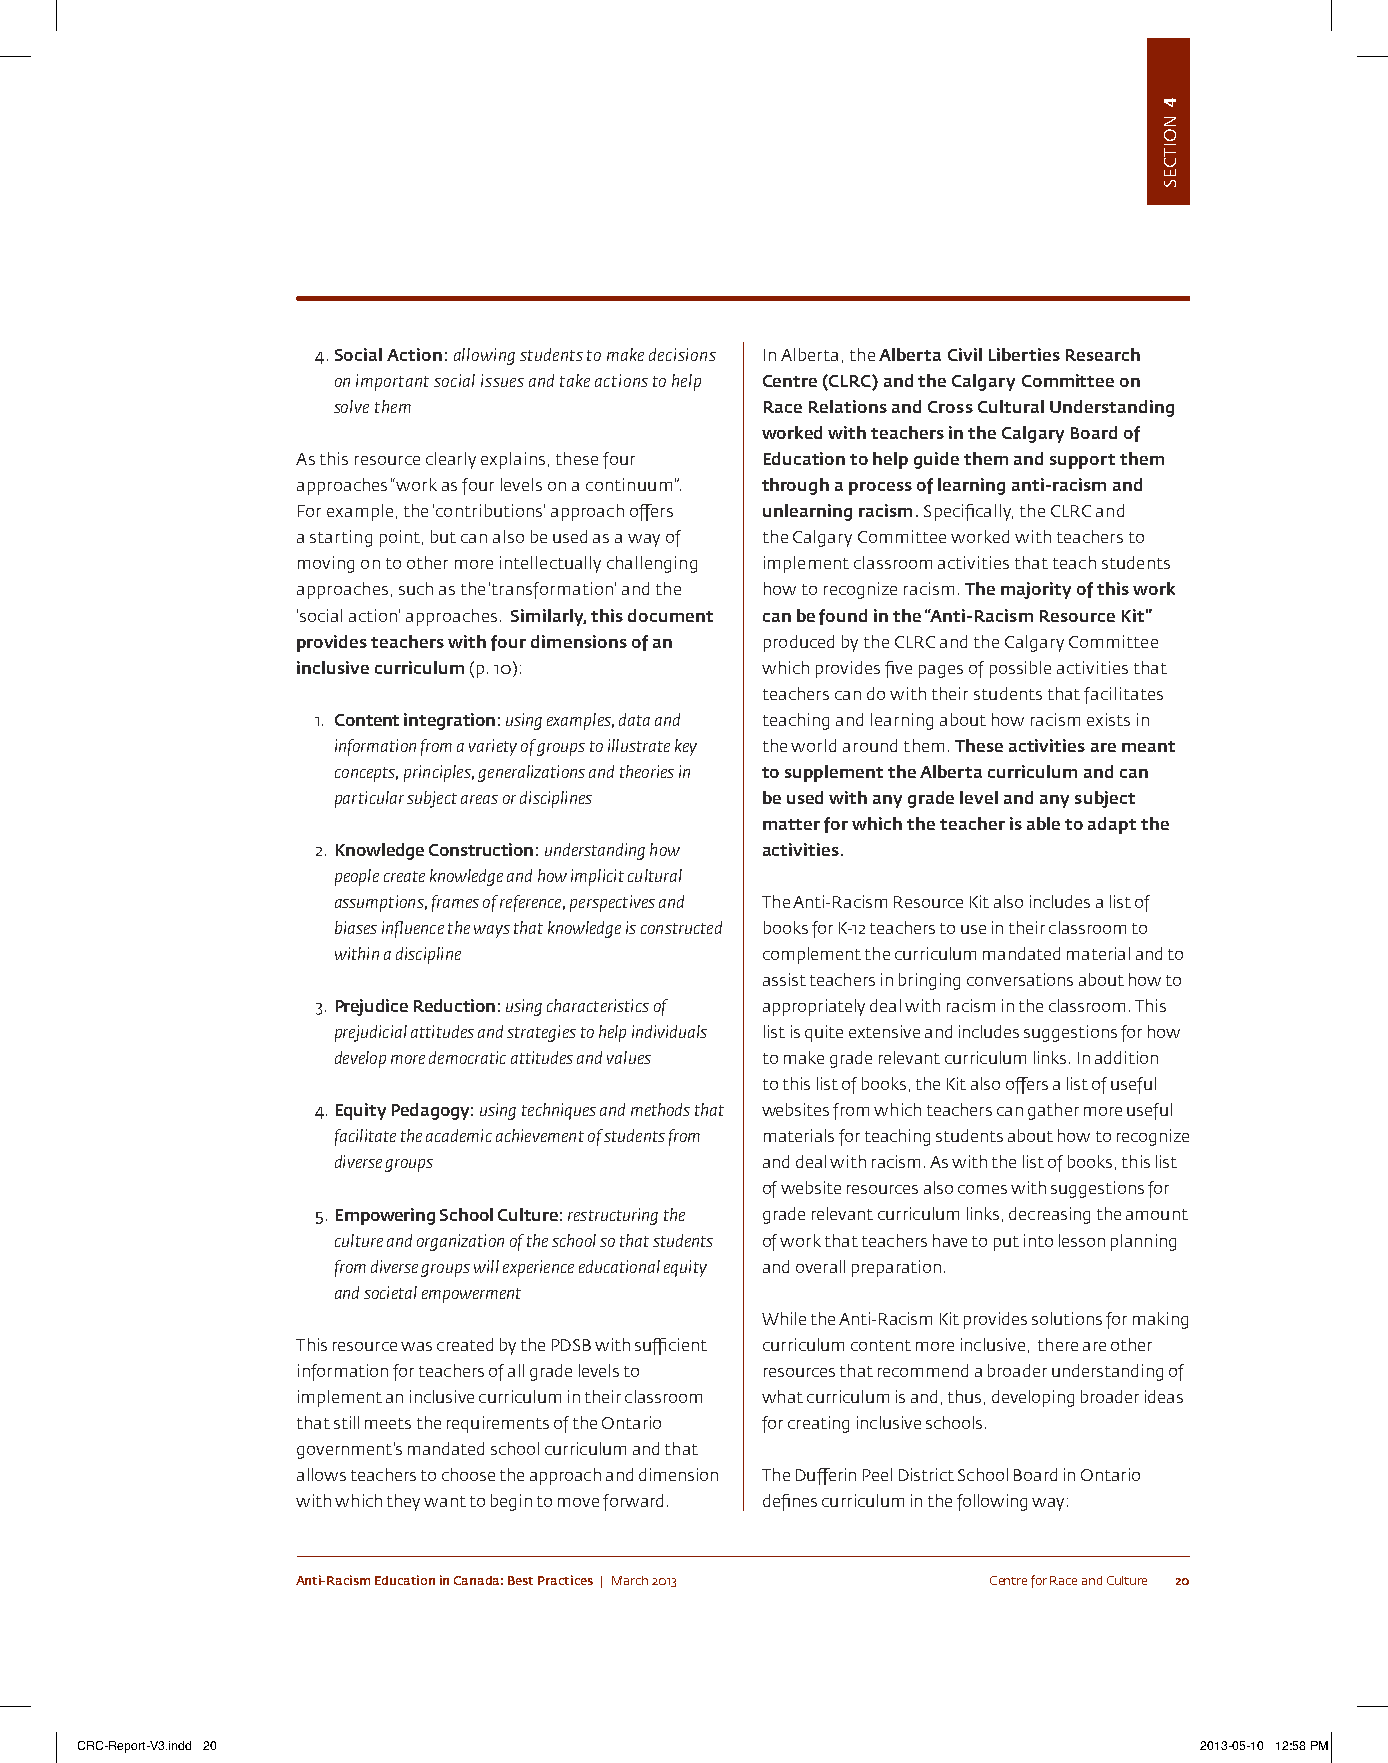
4. Social Action: allowing students to make decisions in alberta, the Alberta Civil Liberties Research
 on important social issues and take actions to help Centre (CLRC) and the Calgary Committee on
 solve them                  Race Relations and Cross Cultural Understanding
 worked with teachers in the Calgary Board of
 as this resource clearly explains, these four Education to help guide them and support them
 approaches “work as four levels on a continuum”. through a process of learning anti-racism and
 For example, the ‘contributions’ approach offers unlearning racism. specifically, the cLRc and
 a starting point, but can also be used as a way of the calgary committee worked with teachers to
 moving on to other more intellectually challenging implement classroom activities that teach students
 approaches, such as the ‘transformation’ and the how to recognize racism. The majority of this work
 ‘social action’ approaches. Similarly, this document can be found in the “Anti-Racism Resource Kit”
 provides teachers with four dimensions of an produced by the cLRc and the calgary committee
 inclusive curriculum (p. 10): which provides five pages of possible activities that
 teachers can do with their students that facilitates
 1. Content integration: using examples, data and teaching and learning about how racism exists in
 information from a variety of groups to illustrate key the world around them. These activities are meant
 concepts, principles, generalizations and theories in to supplement the Alberta curriculum and can
 particular subject areas or disciplines be used with any grade level and any subject
 matter for which the teacher is able to adapt the
 2. Knowledge Construction: understanding how activities.
 people create knowledge and how implicit cultural
 assumptions, frames of reference, perspectives and the anti-Racism Resource Kit also includes a list of
 biases influence the ways that knowledge is constructed books for K-12 teachers to use in their classroom to
 within a discipline         complement the curriculum mandated material and to
 assist teachers in bringing conversations about how to
 3. Prejudice Reduction: using characteristics of appropriately deal with racism in the classroom. this
 prejudicial attitudes and strategies to help individuals list is quite extensive and includes suggestions for how
 develop more democratic attitudes and values to make grade relevant curriculum links. in addition
 to this list of books, the Kit also offers a list of useful
 4. Equity Pedagogy: using techniques and methods that websites from which teachers can gather more useful
 facilitate the academic achievement of students from materials for teaching students about how to recognize
 diverse groups              and deal with racism. as with the list of books, this list
 of website resources also comes with suggestions for
 5. Empowering School Culture: restructuring the grade relevant curriculum links, decreasing the amount
 culture and organization of the school so that students of work that teachers have to put into lesson planning
 from diverse groups will experience educational equity and overall preparation.
 and societal empowerment
 While the anti-Racism Kit provides solutions for making
 this resource was created by the pDsB with sufficient curriculum content more inclusive, there are other
 information for teachers of all grade levels to resources that recommend a broader understanding of
 implement an inclusive curriculum in their classroom what curriculum is and, thus, developing broader ideas
 that still meets the requirements of the ontario for creating inclusive schools.
 government’s mandated school curriculum and that
 allows teachers to choose the approach and dimension the Dufferin peel District school Board in ontario
 with which they want to begin to move forward. defines curriculum in the following way:
 Anti-Racism Education in Canada: Best Practices | March 2013 centre for Race and culture 20
 CRC-Report-V3.indd 20                                                     2013-05-10 12:58 PM
 4
 noitces